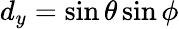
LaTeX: d_{y}=\sin{\theta}\sin{\phi}